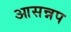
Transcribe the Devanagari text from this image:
आसन्नप